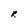
Character: R